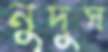
নুদুস